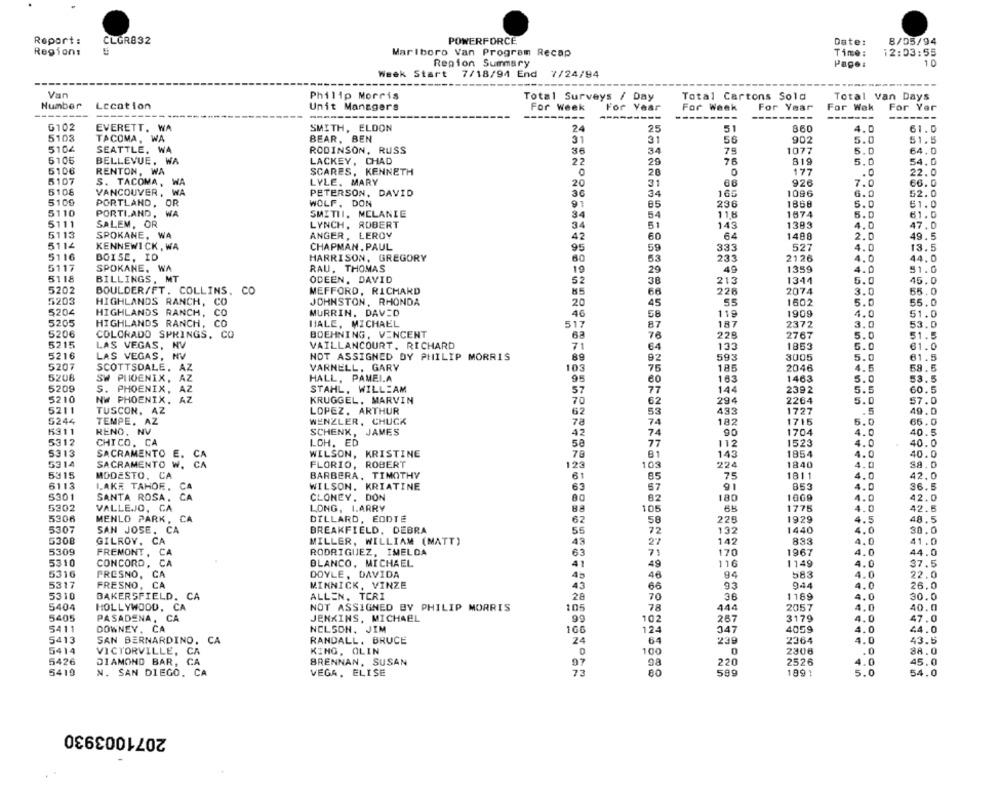
Report:
CLGR832
POWERFORCE
Date:
8/05/94
Region:
Marlboro Van Program Recap
Time:
12:03:55
Region Summary
Page:
1 0
Week Start
7/18/94 End
7/24/94
Van
Philip Morris
Total Cartons Sold
Total van Days
Total Surveys / Day
Number
Location
Unit Managers
For Week
For Year
Far Week
For Year
For Wek
For Yar
-----
------
---------
------
-------
G102
EVERETT. WA
SMITH, ELDON
24
25
51
860
61.0
4.0
5103
TACOMA, WA
BEAR, BEN
31
31
56
902
5.0
51.5
5104
SEATTLE, WA
RODINSON, RUSS
36
34
75
1077
5.0
64.0
5105
BELLEVUE. WA
LACKEY , CHAD
22
29
76
819
5.0
54.0
5106
RENTON, WA
SCARES, KENNETH
0
28
0
177
.0
22.0
5107
S. TACOMA,
WA
LYLE, MARY
20
31
926
7.0
66.0
5108
VANCOUVER, WA
PETERSON, DAVID
34
165
1096
6.0
52.0
5100
PORTLAND, OR
WOLF, DON
91
236
1868
5.0
51.0
5110
PORTI,AND, WA
SMITHI. MELANIE
34
54
11.6
1674
5.0
61.0
5111
SALEM, OR
LYNCH, ROBERT
34
51
143
1383
4.0
47.0
5113
SPOKANE, WA
ANGER, LEROY
42
60
64
1490
2.0
49.5
5112
KENNEWICK, WA
CHAPMAN. PAUL
59
333
95
527
4.0
13.5
5116
BOISE, ID
HARRISON, GREGORY
60
53
233
2126
4.0
44.0
5117
SPOKANE, WA
RAU. THOMAS
19
29
49
1359
4.0
$1.0
5118
BILLINGS, MT
ODEEN. DAVID
52
38
213
1344
5.0
45.0
5202
BOULDER/FT. COLLINS, CO
MEFFORD, RICHARD
85
66
228
2074
3.0
55.0
5203
HIGHLANDS RANCH, CO
JOHNSTON, RHONDA
45
55
1602
5.0
55.0
20
5204
HIGHLANDS RANCH,
CO
MURRIN. DAVID
46
58
119
1909
4.0
51.0
5205
HIGHLANDS RANCH, CO
HALE, MICHAEL
517
87
187
2372
3.0
53.0
5206
COLORADO SPRINGS, CO
BOEHNING, VENCENT
63
76
228
2767
5.0
51.5
5215
LAS VEGAS, NV
VAILLANCOURT, RICHARD
71
64
133
1853
5.0
61.0
5216
LAS VEGAS, NV
NOT ASSIGNED DY PHILIP MORRIS
89
92
593
3005
5.0
61.5
5207
SCOTTSDALE, AZ
VARNELL. GARY
103
75
185
2046
4.5
59.5
5208
SW PHOENIX, AZ
HALL, PAMELA
95
183
1463
5.0
53.5
5209
S. PHOENIX, AZ
STAHL, WILLIAM
57
77
144
2392
5.5
60.5
5210
NW PHOENIX. AZ
KRUGGEL. MARVIN
70
62
294
2264
5.0
57.0
5211
TUSCON, AZ
LOPEZ. ARTHUR
62
53
433
1727
.5
49.0
5244
TEMPE. AZ
WENZLER, CHUCK
78
74
182
1715
5.0
66.0
1311
RENO, NV
SCHENK, JAMES
42
74
90
1704
4.0
40.
5312
CHICO. CA
LOH, ED
58
77
112
1523
4.0
40.0
81
5313
SACRAMENTO
E.
WILSON, KRISTINE
143
1854
4.0
40.
5314
SACRAMENTO
W.
CA
FLORIO, ROBERT
123
103
224
1840
4.0
SA. 0
5315
MODESTO.
L'A
BARBERA, TIMOTHY
61
85
75
1811
4.0
42.0
6113
LAKE TAHOE.
WILSON. KRIATINE
63
57
91
853
4.0
36.5
5301
SANTA ROSA,
CLONEY. DON
180
1000
4.0
42.0
5302
VALLE.JO, CA
LONG, LARRY
42.5
88
105
1775
4.0
5306
MENLO PARK, CA
DILLARD, EODTE
62
58
228
1929
4.5
48.5
5307
SAN JOSE, CA
BREAKFIELD, DEBRA
55
72
132
1440
4.0
30.0
6308
GILROY. CA
MILLER, WILLIAM (MATT)
43
142
833
4.0
41.0
5309
FREMONT , CA
RODRIGUEZ, IMELDA
63
71
170
1967
4.0
44.0
5310
CONCORD, CA
BLANCO, MICHAEL
41
116
1149
37.5
49
4.0
5316
FRESNO, CA
DOYLE, DAVIDA
45
46
583
4.0
22.0
5317
FRESNO, CA
MINNICK, VINZE
43
66
93
944
4.0
26.
5310
BAKERSFIELD. CA
ALLEN, TERI
28
70
38
1189
4.0
30.
5404
HOLLYWOOD, CA
NOT ASSIGNED BY PHILIP MORRIS
105
78
444
2057
4.0
40,0
5405
PASADENA.
CA
JENKINS, MICHAEL
99
102
267
3179
4.0
47.0
5411
DOWNEY.
CA
NELSON, JIM
166
124
347
4059
4.0
44.0
5413
SAN BERNARDINO.
CA
RANDALL. BRUCE
24
64
239
2364
4.0
43.5
5414
CA
KING, OLIN
100
VICTORVILLE,
2306
.0
88.0
5426
DIAMOND BAR,
CA
BRENNAN, SUSAN
97
98
220
2526
4.0
45.0
5419
N. SAN DIEGO, CA
VEGA, ELISE
73
80
599
1991
5.0
54.0
2071003930